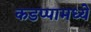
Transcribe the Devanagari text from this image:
कडप्पामध्ये